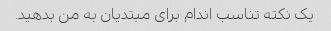
یک نکته تناسب اندام برای مبتدیان به من بدهید.